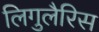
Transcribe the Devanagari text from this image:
लिगुलैरिस